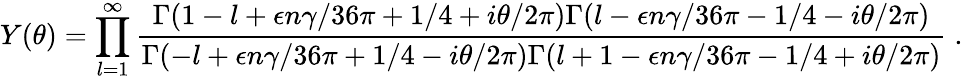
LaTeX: Y(\theta)=\prod_{l=1}^{\infty}\frac{\textstyle\Gamma(1-l+\epsilon n\gamma/36\pi+1/4+i\theta/2\pi)\Gamma(l-\epsilon n\gamma/36\pi-1/4-i\theta/2\pi)}{\textstyle\Gamma(-l+\epsilon n\gamma/36\pi+1/4-i\theta/2\pi)\Gamma(l+1-\epsilon n\gamma/36\pi-1/4+i\theta/2\pi)}\; .